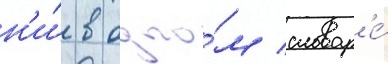
н'и́ в одно́м словар'е́